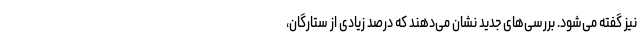
نیز گفته می‌شود. بررسی‌های جدید نشان می‌دهند که درصد زیادی از ستارگان،